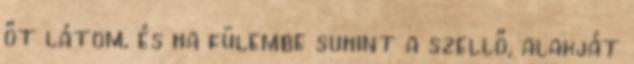
őt látom, és ha fülembe suhint a szellő, alakját